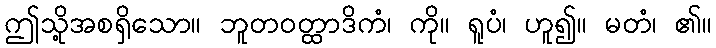
ဤသို့အစရှိသော။ ဘူတဝတ္ထာဒိကံ၊ ကို။ ရူပံ၊ ဟူ၍။ မတံ၊ ၏။